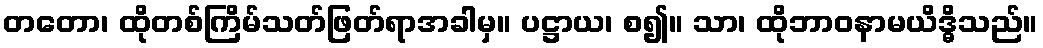
တတော၊ ထိုတစ်ကြိမ်သတ်ဖြတ်ရာအခါမှ။ ပဋ္ဌာယ၊ စ၍။ သာ၊ ထိုဘာဝနာမယိဒ္ဓိသည်။